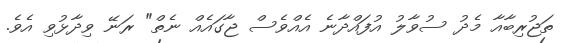
ތަޖުރިބާއާ މެދު ސުވާލު އުފައްދާނެ އެއްވެސް ޖާގައެއް ނެތް" ރަނޭ ވިދާޅުވި އެވެ.